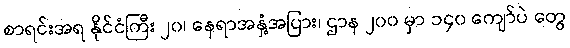
စာရင်းအရ နိုင်ငံကြီး ၂၀၊ နေရာအနှံ့အပြား၊ ဌာန ၂၀၀ မှာ ၁၄၀ ကျော်ပဲ တွေ